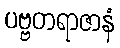
ပဗ္ဗတရာဇာနံ